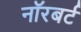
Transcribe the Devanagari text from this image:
नॉरबर्ट